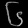
Digit: ၆